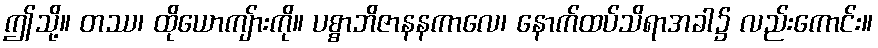
ဤသို့။ တဿ၊ ထိုယောကျ်ားကို။ ပစ္စာဘိဇာနနကာလေ၊ နောက်ထပ်သိရာအခါ၌ လည်းကောင်း။